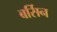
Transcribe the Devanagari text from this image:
बर्सिन